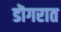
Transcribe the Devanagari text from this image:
डॊगरात